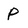
Character: P